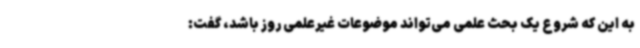
به این که شروع یک بحث علمی می‌تواند موضوعات غیرعلمی روز باشد، گفت: